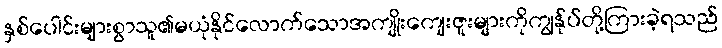
နှစ်ပေါင်းများစွာသူ၏မယုံနိုင်လောက်သောအကျိုးကျေးဇူးများကိုကျွန်ုပ်တို့ကြားခဲ့ရသည်